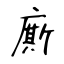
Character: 廝